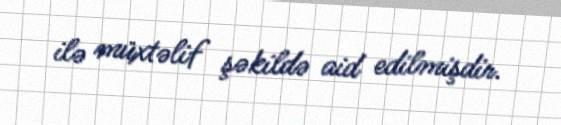
ilə müxtəlif şəkildə aid edilmişdir.